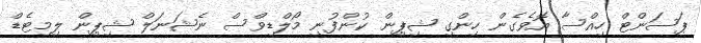
ޕަސަންޓް ހިއްސާ އޮވެގެން ހިންގި ޝިޕިން ކުންފުނި މޯލްޑިވްސް ނެޝަނަލް ޝިޕިން ލިމިޓެޑް